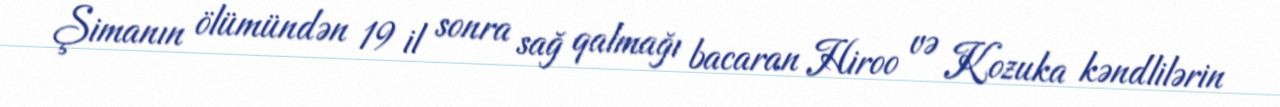
Şimanın ölümündən 19 il sonra sağ qalmağı bacaran Hiroo və Kozuka kəndlilərin